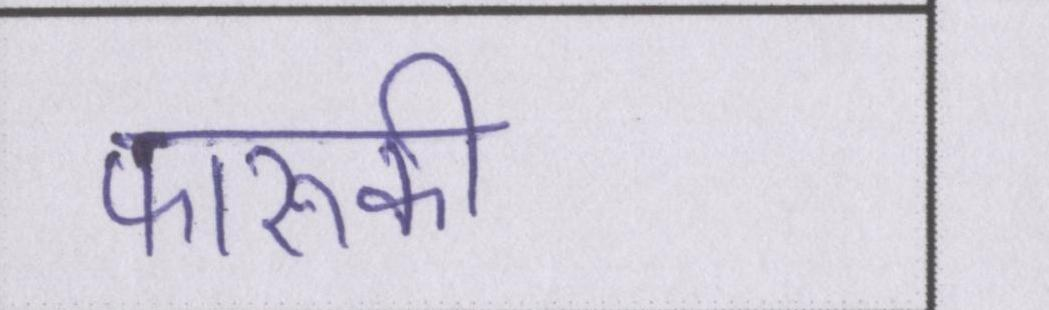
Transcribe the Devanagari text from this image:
फारूकी